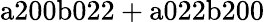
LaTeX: \mathrm{a200b022+a022b200}